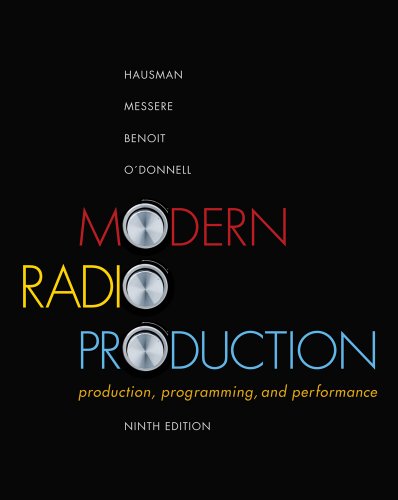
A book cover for Modern Radio Production: Production Programming & Performance (Wadsworth Series in Broadcast and Production); Carl Hausman; Humor & Entertainment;